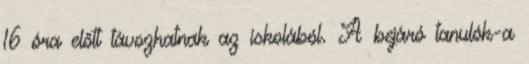
16 óra előtt távozhatnak az iskolából. A bejáró tanulók-a